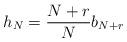
LaTeX: \begin{align*}h_N= \frac{N+r}{N} b_{N+r}\end{align*}